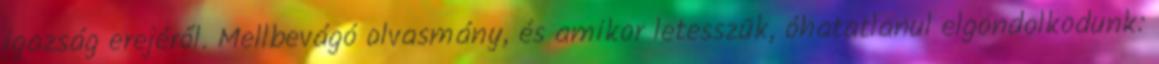
igazság erejéről. Mellbevágó olvasmány, és amikor letesszük, óhatatlanul elgondolkodunk: